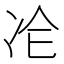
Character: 𠖸